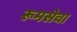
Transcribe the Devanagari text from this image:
रूमसेवा